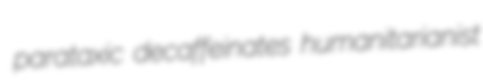
parataxic decaffeinates humanitarianist